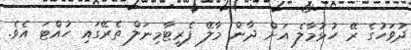
ދުވަހުގެ ރޭ ހުޅުމާލެ އަށް ދާން މާލޭ ފެރީޓާމިނަލް ތެރޭގައި ހުއްޓަ އެވެ.